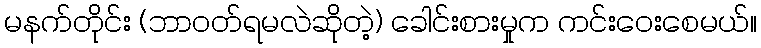
မနက်တိုင်း (ဘာဝတ်ရမလဲဆိုတဲ့) ခေါင်းစားမှုက ကင်းဝေးစေမယ်။